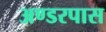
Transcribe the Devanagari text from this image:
अण्डरपास